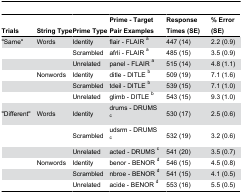
<table><thead><tr><td><b>Trials</b></td><td><b>String Type</b></td><td><b>Prime Type</b></td><td><b>Prime - Target Pair Examples</b></td><td><b>Response Times (SE)</b></td><td><b>% Error (SE)</b></td></tr></thead><tbody><tr><td>&quot;Same&quot;</td><td>Words</td><td>Identity</td><td>flair - FLAIR <sup>a</sup></td><td>447 (14)</td><td>2.2 (0.9)</td></tr><tr><td></td><td></td><td>Scrambled</td><td>afrli - FLAIR <sup>a</sup></td><td>485 (15)</td><td>3.5 (0.9)</td></tr><tr><td></td><td></td><td>Unrelated</td><td>panel - FLAIR <sup>a</sup></td><td>515 (14)</td><td>4.8 (1.1)</td></tr><tr><td></td><td>Nonwords</td><td>Identity</td><td>ditle - DITLE <sup>b</sup></td><td>509 (19)</td><td>7.1 (1.6)</td></tr><tr><td></td><td></td><td>Scrambled</td><td>tdeil - DITLE <sup>b</sup></td><td>539 (15)</td><td>7.1 (1.0)</td></tr><tr><td></td><td></td><td>Unrelated</td><td>glimb - DITLE <sup>b</sup></td><td>543 (15)</td><td>9.3 (1.0)</td></tr><tr><td>&quot;Different&quot;</td><td>Words</td><td>Identity</td><td>drums - DRUMS <sup>c</sup></td><td>530 (17)</td><td>2.5 (0.6)</td></tr><tr><td></td><td></td><td>Scrambled</td><td>udsrm - DRUMS <sup>c</sup></td><td>532 (19)</td><td>3.2 (0.6)</td></tr><tr><td></td><td></td><td>Unrelated</td><td>acted - DRUMS <sup>c</sup></td><td>541 (20)</td><td>3.5 (0.7)</td></tr><tr><td></td><td>Nonwords</td><td>Identity</td><td>benor - BENOR <sup>d</sup></td><td>546 (15)</td><td>4.5 (0.8)</td></tr><tr><td></td><td></td><td>Scrambled</td><td>nbroe - BENOR <sup>d</sup></td><td>541 (15)</td><td>4.1 (0.5)</td></tr><tr><td></td><td></td><td>Unrelated</td><td>acide - BENOR <sup>d</sup></td><td>553 (16)</td><td>5.5 (0.5)</td></tr></tbody></table>